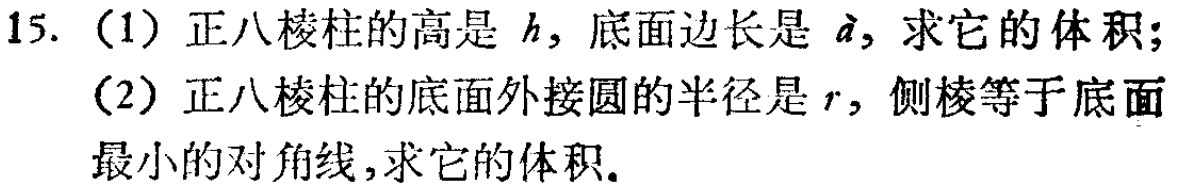
15. (1) 正八棱柱的高是 \(h\)，底面边长是 \(a\)，求它的体积；
(2) 正八棱柱的底面外接圆的半径是 \(r\)，侧棱等于底面最小的对角线，求它的体积。